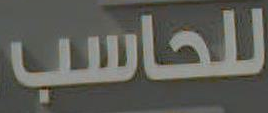
للحاسب